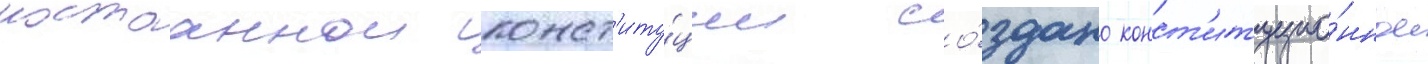
постоаннои конст'иту́ции со́здано конст'итуцио́нное